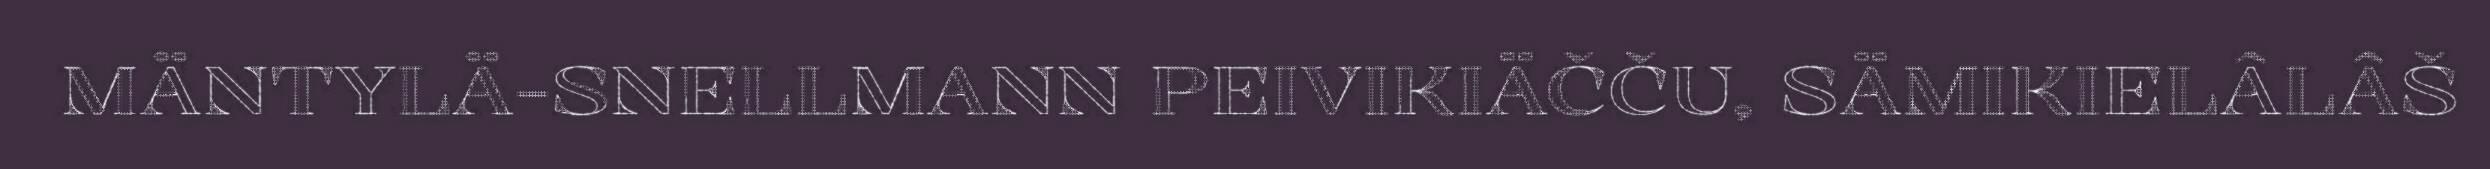
MÄNTYLÄ-SNELLMANN PEIVIKIÄČČU, SÄMIKIELÂLÂŠ